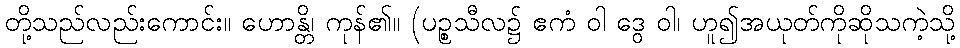
တို့သည်လည်းကောင်း။ ဟောန္တိ၊ ကုန်၏။ (ပဉ္စသီလ၌ ဧကံ ဝါ ဒွေ ဝါ၊ ဟူ၍အယုတ်ကိုဆိုသကဲ့သို့